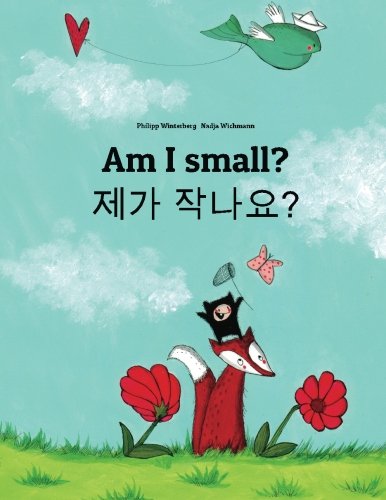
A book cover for Am I small? / Jega jagnayo?: Children's Picture Book (Korean Edition); Philipp Winterberg; Children's Books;